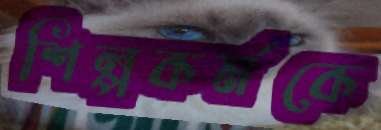
শিল্পকর্মকে